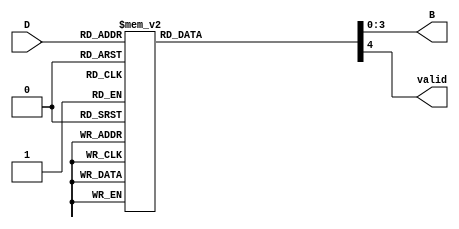
module decimal_to_binary_encoder (
    input wire [3:0] D,      // 4-bit input representing decimal digits (0 to 9)
    output reg [3:0] B,      // 4-bit output for binary equivalent
    output reg valid          // Output to indicate if input is valid
);

    always @(*) begin
        // Default values
        B = 4'b0000;           // Default binary output
        valid = 1'b0;          // Default valid output

        case (D)
            4'b0000: begin B = 4'b0000; valid = 1'b1; end // 0
            4'b0001: begin B = 4'b0001; valid = 1'b1; end // 1
            4'b0010: begin B = 4'b0010; valid = 1'b1; end // 2
            4'b0011: begin B = 4'b0011; valid = 1'b1; end // 3
            4'b0100: begin B = 4'b0100; valid = 1'b1; end // 4
            4'b0101: begin B = 4'b0101; valid = 1'b1; end // 5
            4'b0110: begin B = 4'b0110; valid = 1'b1; end // 6
            4'b0111: begin B = 4'b0111; valid = 1'b1; end // 7
            4'b1000: begin B = 4'b1000; valid = 1'b1; end // 8
            4'b1001: begin B = 4'b1001; valid = 1'b1; end // 9
            default: begin B = 4'b0000; valid = 1'b0; end // Invalid input
        endcase
    end

endmodule